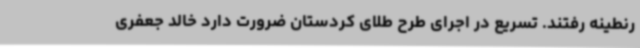
رنطینه رفتند. تسریع در اجرای طرح طلای کردستان ضرورت دارد خالد جعفری